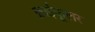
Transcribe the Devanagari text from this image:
क्राईकूलर